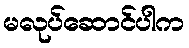
မလုပ်ဆောင်ပါက